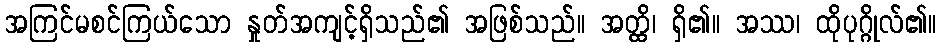
အကြင်မစင်ကြယ်သော နှုတ်အကျင့်ရှိသည်၏ အဖြစ်သည်။ အတ္ထိ၊ ရှိ၏။ အဿ၊ ထိုပုဂ္ဂိုလ်၏။